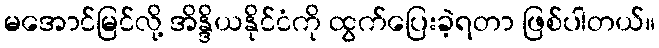
မအောင်မြင်လို့ အိန္ဒိယနိုင်ငံကို ထွက်ပြေးခဲ့ရတာ ဖြစ်ပါတယ်။